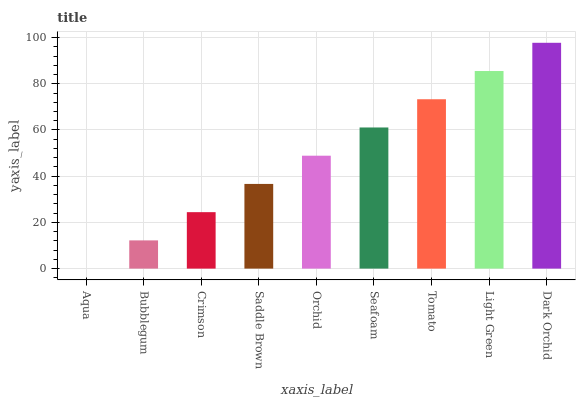
| xaxis_label | bars |
 | --- | --- |
 | Aqua | 0 |
 | Bubblegum | 12.2 |
 | Crimson | 24.4 |
 | Saddle Brown | 36.6 |
 | Orchid | 48.9 |
 | Seafoam | 61.1 |
 | Tomato | 73.3 |
 | Light Green | 85.5 |
 | Dark Orchid | 97.7 |